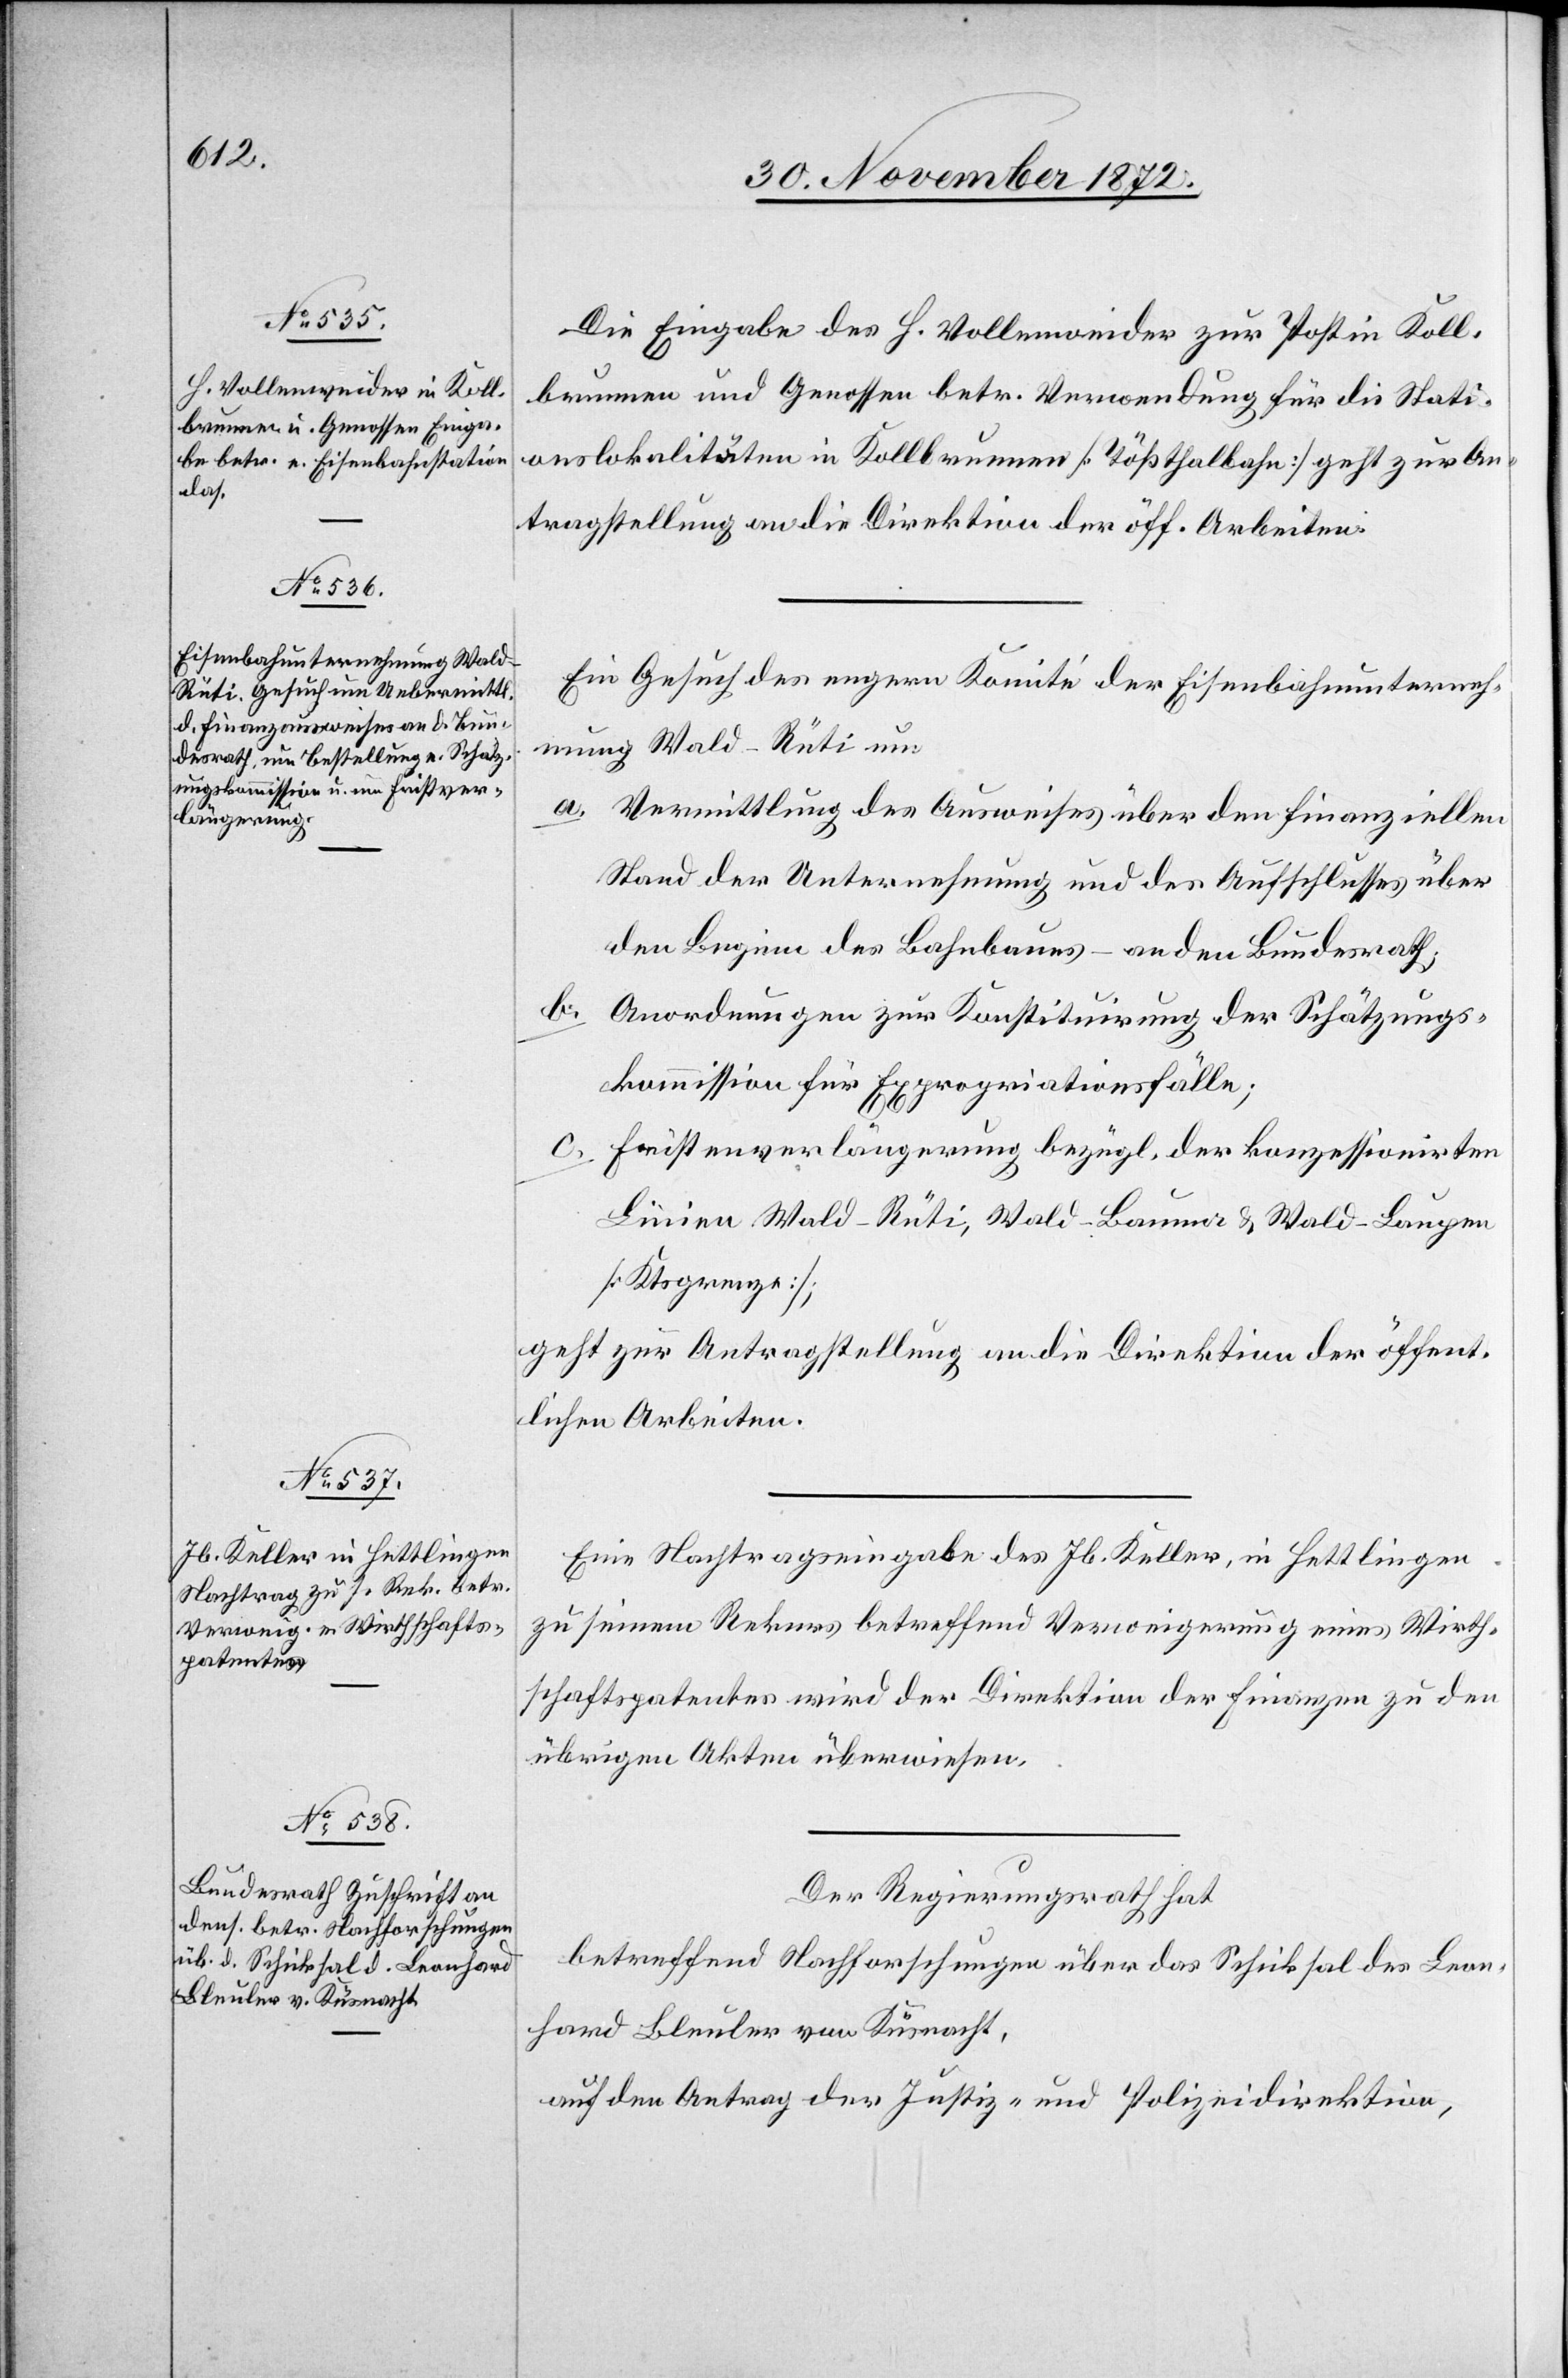
2. December 1872.]
Die Eingabe des H. Vollenweider zur Post in Koll¬
brunnen und Genossen betr. Verwendung für die Stati¬
onslokalitäten in Kollbrunnen [Toßthalbahn] geht zur An¬
tragstellung an die Direktion der öff. Arbeiten.
Ein Gesuch des engern Komité der Eisenbahnunterneh¬
mung Wald–Rüti um
a. Vermittlung des Ausweises über den finanziellen
Stand der Unternehmung und des Aufschlusses über
den Beginn des Bahnbaues – an den Bundesrath;
b.
Anordnungen zur Konstituirung der Schätzungs¬
kommission für Expropriationsfälle;
Fristenverlängerung bezügl. der konzessionirten
Linien Wald–Rüti, Wald–Bauma u. Wald–Laupen
[Ktsgrenze];
geht zur Antragstellung an die Direktion der öffent¬
lichen Arbeiten.
Eine Nachtragseingabe des Jb. Keller, in Hettlingen
zu seinem Rekurs betreffend Verweigerung eines Wirth¬
schaftspatentes wird der Direktion der Finanzen zu den
übrigen Akten überwiesen.
Der Regierungsrath hat
betreffend Nachforschungen über das Schicksal des Leon¬
hard Bleuler von Küsnacht,
auf den Antrag der Justiz- u. Polizeidirektion,